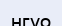
нгуо